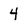
Character: 4